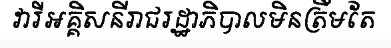
វារីអគ្គិសនីរាជរដ្ឋាភិបាលមិនត្រឹមតែ